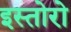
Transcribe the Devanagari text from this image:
इस्तोरो